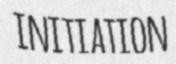
INITIATION